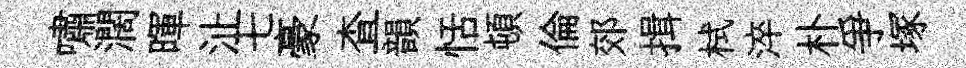
嘯濶暉沚七豪查韻恬頓倫郊揖栻淬朴爭塚